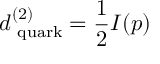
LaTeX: d _ { \mathrm { \scriptsize ~ q u a r k } } ^ { ( 2 ) } = \frac 1 2 I ( p )